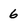
Character: 6